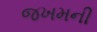
જખમની